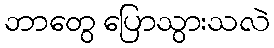
ဘာတွေ ပြောသွားသလဲ